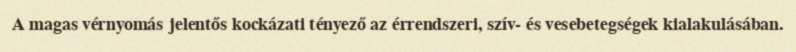
A magas vérnyomás jelentős kockázati tényező az érrendszeri, szív- és vesebetegségek kialakulásában.